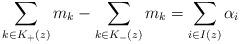
LaTeX: \begin{align*} \sum_{k\in K_+(z)} m_k - \sum_{k\in K_-(z)} m_k = \sum_{i\in I(z)}\alpha_i\end{align*}